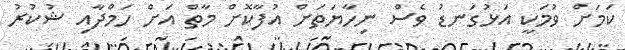
ކަމަށް ވުމަކީ އަޅުގަނޑު ވެސް ނިހާޔަތަށް އުފާކޮށް މާތް އަށް ހަމްދާއި ޝުކުރު